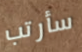
سأرتب